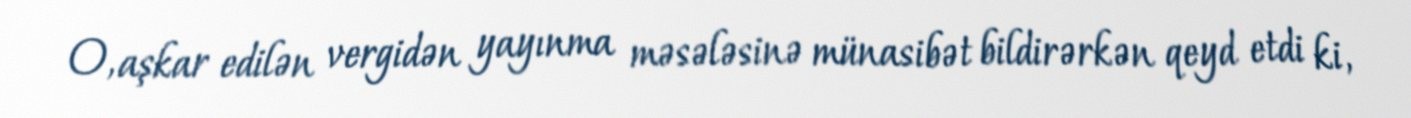
O, aşkar edilən vergidən yayınma məsələsinə münasibət bildirərkən qeyd etdi ki,